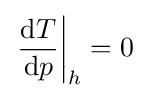
\left.{\frac {\mathrm {d} T}{\mathrm {d} p}}\right|_{h}=0